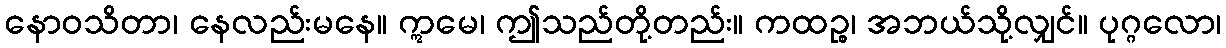
နောဝသိတာ၊ နေလည်းမနေ။ ဣမေ၊ ဤသည်တို့တည်း။ ကထဉ္စ၊ အဘယ်သို့လျှင်။ ပုဂ္ဂလော၊